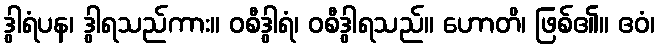
ဒွါရံပန၊ ဒွါရသည်ကား။ ဝစီဒွါရံ၊ ဝစီဒွါရသည်။ ဟောတိ၊ ဖြစ်၏။ ဧဝံ၊